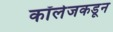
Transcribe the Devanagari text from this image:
कॉलेजकडून